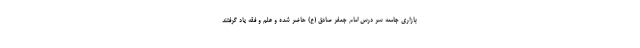
بازاری جامعه سر درس امام جعفر صادق (ع) حاضر شده و علم و فقه یاد گرفتند